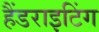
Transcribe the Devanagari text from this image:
हैंडराइटिंग